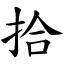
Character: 拾